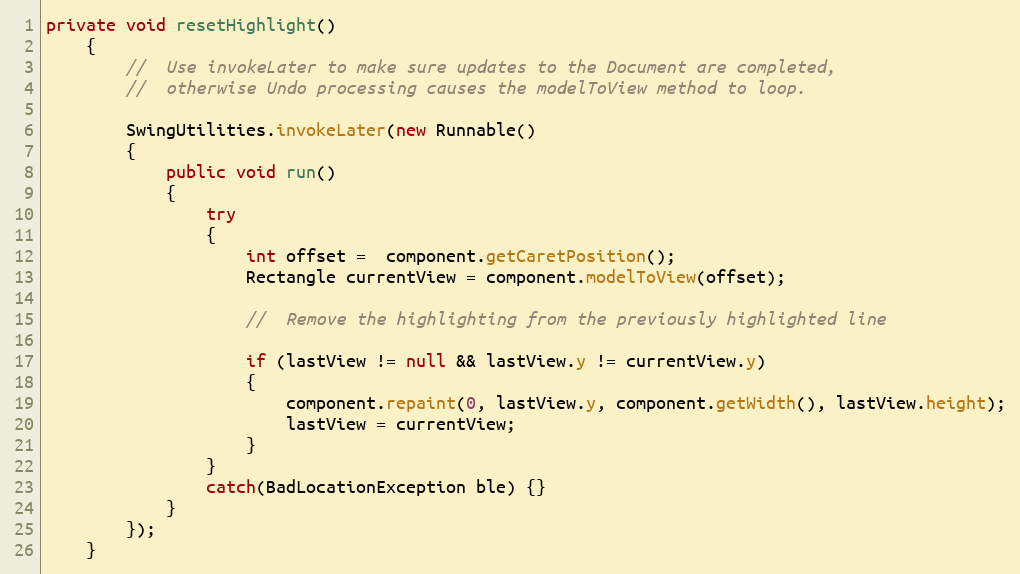
Language: Java
private void resetHighlight()
	{
		//  Use invokeLater to make sure updates to the Document are completed,
		//  otherwise Undo processing causes the modelToView method to loop.

		SwingUtilities.invokeLater(new Runnable()
		{
			public void run()
			{
				try
				{
					int offset =  component.getCaretPosition();
					Rectangle currentView = component.modelToView(offset);

					//  Remove the highlighting from the previously highlighted line

					if (lastView != null && lastView.y != currentView.y)
					{
						component.repaint(0, lastView.y, component.getWidth(), lastView.height);
						lastView = currentView;
					}
				}
				catch(BadLocationException ble) {}
			}
		});
	}